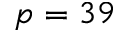
p = 3 9